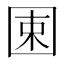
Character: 𡇯